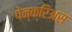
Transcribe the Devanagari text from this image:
पेन्क्रिअस